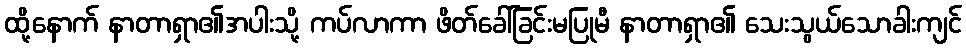
ထို့နောက် နာတာရှာ၏အပါးသို့ ကပ်လာကာ ဖိတ်ခေါ်ခြင်းမပြုမီ နာတာရှာ၏ သေးသွယ်သောခါးကျင်